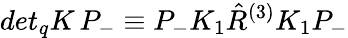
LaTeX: det_{q}K\, P_{-}\equiv P_{-}K_{1}\hat{R}^{(3)}K_{1}P_{-}